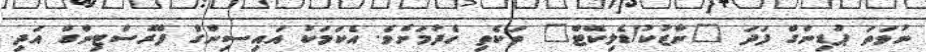
ނުވަތަ ޕުޑިންގް ފަދަ "ނާޒުކު/ޑެލިކޭޓް" ތަކެތި ހެދުމަށެވެ. އެކަމަކު އައިސިންގް ފްރޮސްޓިންގް އަދި